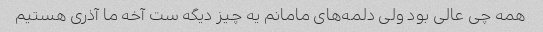
همه چی عالی بود ولی دلمه‌های مامانم یه چیز دیگه ست آخه ما آذری هستیم